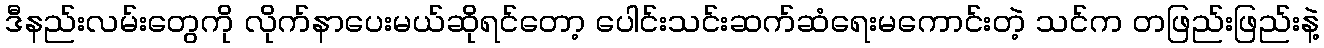
ဒီနည်းလမ်းတွေကို လိုက်နာပေးမယ်ဆိုရင်တော့ ပေါင်းသင်းဆက်ဆံရေးမကောင်းတဲ့ သင်က တဖြည်းဖြည်းနဲ့